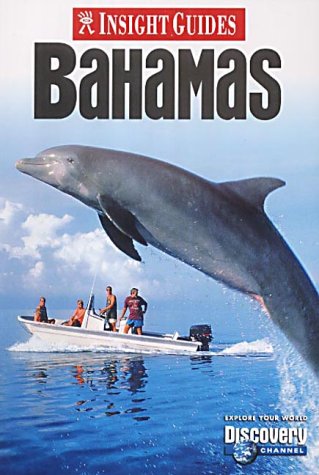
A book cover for Bahamas Insight Guide (Insight Guides); Travel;